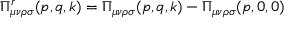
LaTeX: \Pi _ { \mu \nu \rho \sigma } ^ { r } ( p , q , k ) = \Pi _ { \mu \nu \rho \sigma } ( p , q , k ) - \Pi _ { \mu \nu \rho \sigma } ( p , 0 , 0 )